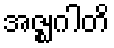
အဇ္ဈဂါတိ